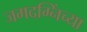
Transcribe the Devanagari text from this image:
जमदग्निंच्या